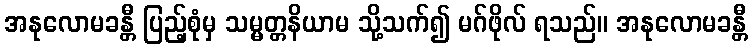
အနုလောမခန္တီ ပြည့်စုံမှ သမ္မတ္တနိယာမ သို့သက်၍ မဂ်ဖိုလ် ရသည်။ အနုလောမခန္တီ